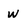
Character: w